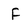
Character: F